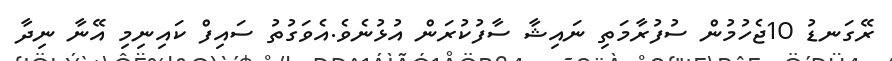
ރޭގަނޑު 10ޖެހުމުން ސުފުރާމަތި ނައިޝާ ސާފުކުރަން އުޅުނެވެ.އެވަގުތު ސައިފް ކައިނިމި އޭނާ ނިދާ